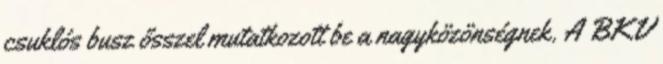
csuklós busz ősszel mutatkozott be a nagyközönségnek. A BKV